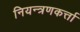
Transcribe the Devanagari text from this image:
नियन्त्रणकर्त्ता